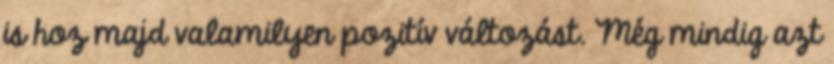
is hoz majd valamilyen pozitív változást. Még mindig azt